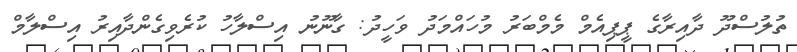
ތުލުސްދޫ ދާއިރާގެ ޕީޕިއެމް މެމްބަރު މުހައްމަދު ވަހީދު: ގާނޫނު އިސްލާހު ކުރެވިގެންދާއިރު އިސްލާމް